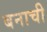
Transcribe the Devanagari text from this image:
बनाची